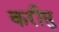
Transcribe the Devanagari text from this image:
करीमु